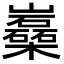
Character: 𡿈